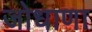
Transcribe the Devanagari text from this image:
जोधाणा